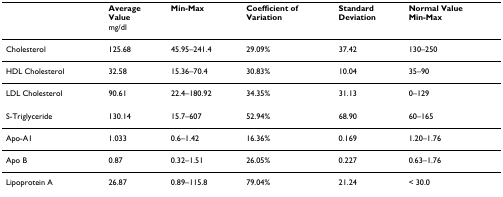
<table><thead><tr><td></td><td><b>AverageValuemg/dl</b></td><td><b>Min-Max</b></td><td><b>Coefficient ofVariation</b></td><td><b>StandardDeviation</b></td><td><b>Normal ValueMin-Max</b></td></tr></thead><tbody><tr><td>Cholesterol</td><td>125.68</td><td>45.95–241.4</td><td>29.09%</td><td>37.42</td><td>130–250</td></tr><tr><td>HDL Cholesterol</td><td>32.58</td><td>15.36–70.4</td><td>30.83%</td><td>10.04</td><td>35–90</td></tr><tr><td>LDL Cholesterol</td><td>90.61</td><td>22.4–180.92</td><td>34.35%</td><td>31.13</td><td>0–129</td></tr><tr><td>S-Triglyceride</td><td>130.14</td><td>15.7–607</td><td>52.94%</td><td>68.90</td><td>60–165</td></tr><tr><td>Apo-A1</td><td>1.033</td><td>0.6–1.42</td><td>16.36%</td><td>0.169</td><td>1.20–1.76</td></tr><tr><td>Apo B</td><td>0.87</td><td>0.32–1.51</td><td>26.05%</td><td>0.227</td><td>0.63–1.76</td></tr><tr><td>Lipoprotein A</td><td>26.87</td><td>0.89–115.8</td><td>79.04%</td><td>21.24</td><td>&lt; 30.0</td></tr></tbody></table>